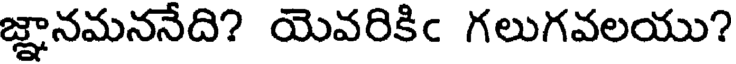
జ్ఞానమననేది? యెవరికిఁ గలుగవలయు?